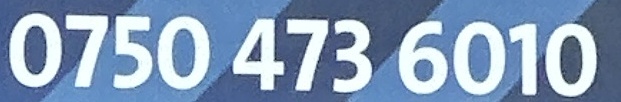
0750 473 6010